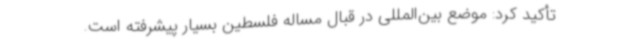
تأکید کرد: موضع بین‌المللی در قبال مساله فلسطین بسیار پیشرفته است.